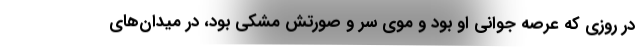
در روزی که عرصه جوانی او بود و موی سر و صورتش مشکی بود، در میدان‌های